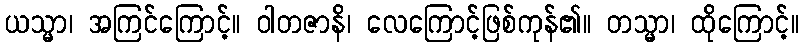
ယသ္မာ၊ အကြင်ကြောင့်။ ဝါတဇာနိ၊ လေကြောင့်ဖြစ်ကုန်၏။ တသ္မာ၊ ထိုကြောင့်။